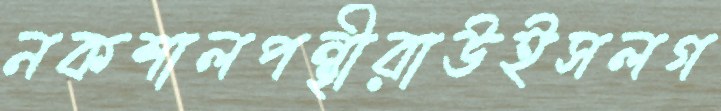
নকশালপন্থীরাউইসলগ